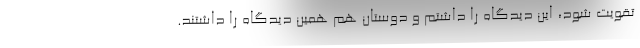
تقویت شود، این دیدگاه را داشتم و دوستان هم همین دیدگاه را داشتند.